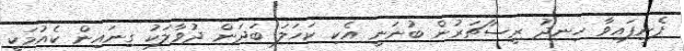
ފެނިފައިވާ ހިނދު ރީސާޗަރުން ބުނަނީ އެކި ކަހަލަ ބަދަން ދުވާލަކު ގިނައިން ކެއުމަކީ